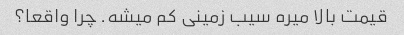
قیمت بالا میره سیب زمینی کم میشه. چرا واقعا؟